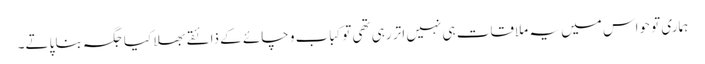
ہماری تو حواس میں یہ ملاقات ہی نہیں اتر رہی تھی توکباب و چائے کے ذائقے بھلا کیا جگہ بنا پاتے۔